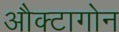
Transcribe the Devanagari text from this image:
औक्टागोन